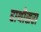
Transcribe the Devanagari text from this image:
हाथीसरा